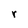
Character: r